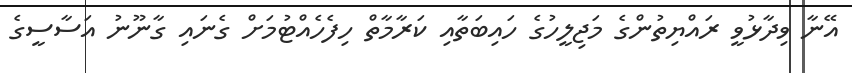
އޭނާ ވިދާޅުވީ ރައްޔިތުންގެ މަޖިލީހުގެ ހައިބަތާއި ކަރާމާތް ހިފެހެއްޓުމަށް ގެނައި ގާނޫނު އަސާސީގެ